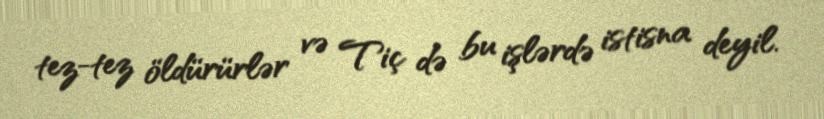
tez-tez öldürürlər və Tiç də bu işlərdə istisna deyil.